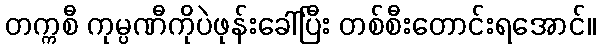
တက္ကစီ ကုမ္ပဏီကိုပဲဖုန်းခေါ်ပြီး တစ်စီးတောင်းရအောင်။